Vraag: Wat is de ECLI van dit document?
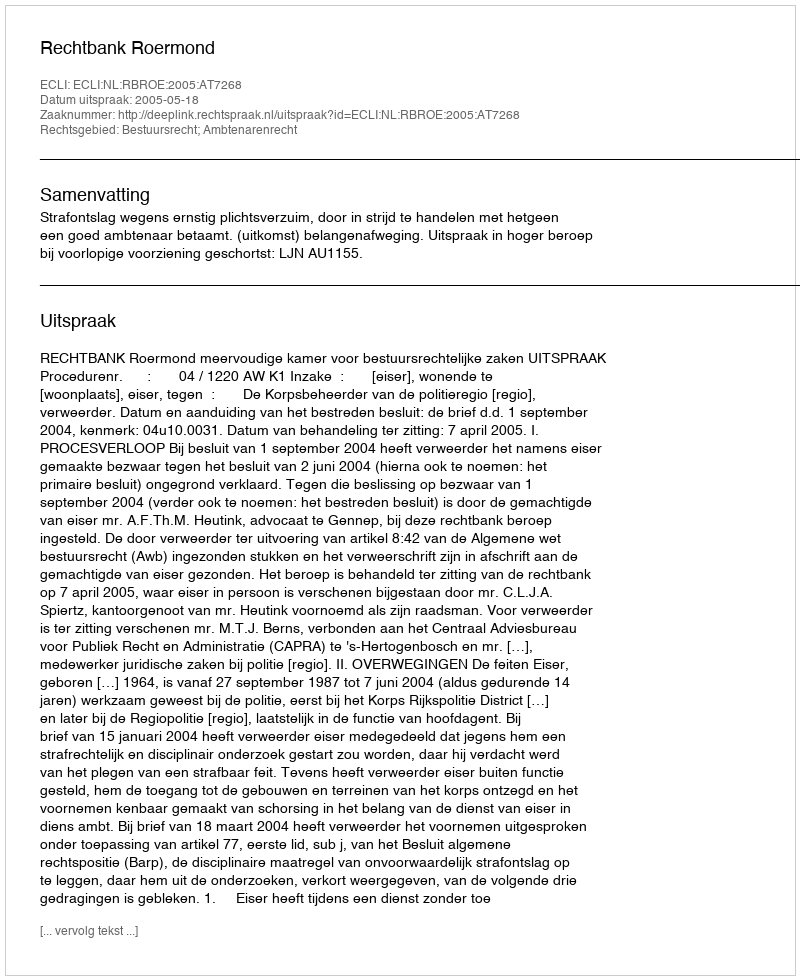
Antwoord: ECLI:NL:RBROE:2005:AT7268